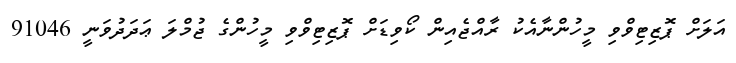
އަލަށް ޕޮޒިޓިވްވި މީހުންނާއެކު ރާއްޖެއިން ކޯވިޑަށް ޕޮޒިޓިވްވި މީހުންގެ ޖުމްލަ ޢަދަދުވަނީ 91046